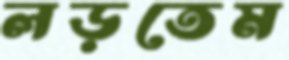
লড়তেম